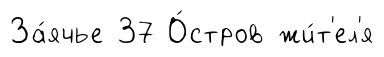
За́ячье 37 О́стров жи́т'ел'я